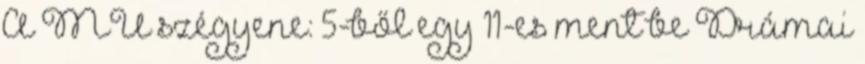
A MU szégyene: 5-ből egy 11-es ment be Drámai